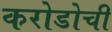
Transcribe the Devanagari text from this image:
करोडोची